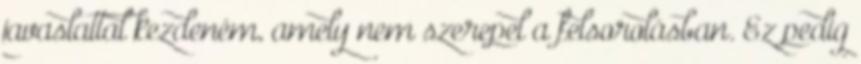
javaslattal kezdeném, amely nem szerepel a felsorolásban. Ez pedig